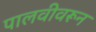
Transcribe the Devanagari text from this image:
पालवीवरून